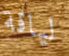
لياقة